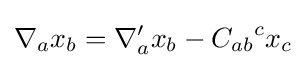
\nabla _{a}x_{b}=\nabla _{a}'x_{b}-{C_{ab}}^{c}x_{c}